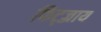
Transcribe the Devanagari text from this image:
फिट्ज़्राय